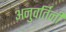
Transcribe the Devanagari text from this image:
अनुवर्तिनी